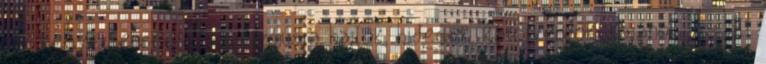
--- kegyetlenségre, szadizmusra hajlók, hidegek, kárörvendők, kajánok. Az áll